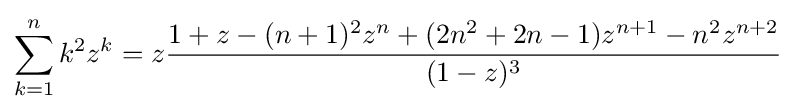
\sum _{k=1}^{n}k^{2}z^{k}=z{\frac {1+z-(n+1)^{2}z^{n}+(2n^{2}+2n-1)z^{n+1}-n^{2}z^{n+2}}{(1-z)^{3}}}